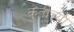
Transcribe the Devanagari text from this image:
कुंतीच्या